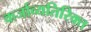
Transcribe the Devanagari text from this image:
कर्जाव्यतिरिक्त